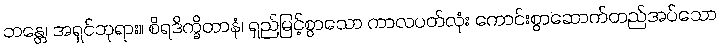
ဘန္တေ၊ အရှင်ဘုရား။ စိရဒိက္ခိတာနံ၊ ရှည်မြင့်စွာသော ကာလပတ်လုံး ကောင်းစွာဆောက်တည်အပ်သော